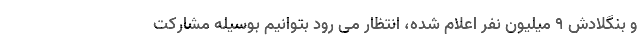
و بنگلادش ۹ میلیون نفر اعلام شده، انتظار می رود بتوانیم بوسیله مشارکت